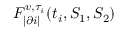
F _ { | \partial i | } ^ { v , \tau _ { i } } ( t _ { i } , S _ { 1 } , S _ { 2 } )